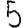
Digit: 5